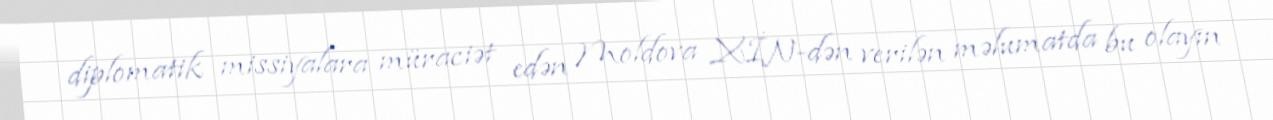
diplomatik missiyalara müraciət edən Moldova XİN-dən verilən məlumatda bu olayın